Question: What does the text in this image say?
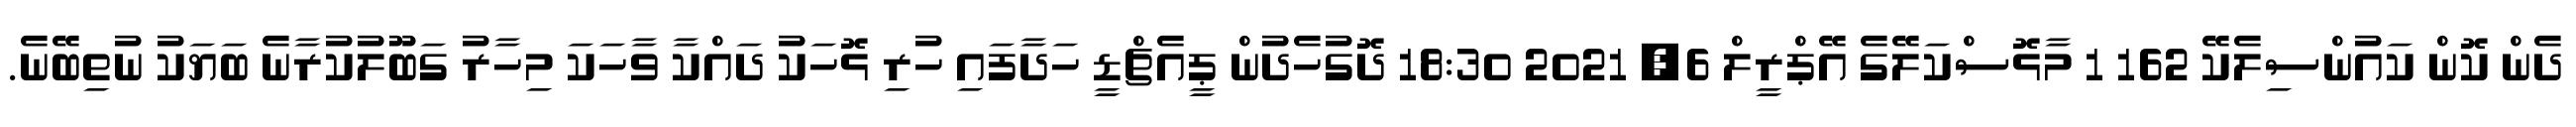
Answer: ދެން ކޮން ކައުންސިލެކޭ 162 1 މާޅޮސްކަލޭގެ އޭޕްރީލް 6, 2021 18:30 ދޮގުހެދުން ޕީއެޗްޑީ ހަދާފައި ހުރި ޅޮހަކު ދައްކާ ވާހަކަ މިހާރު ގަބޫލުކުރާނެ ބަޔަކު ނުތިބޭނެ.